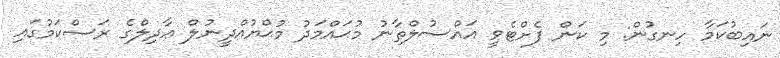
ނައިބުކަމާ ހިނގުން: މި ކަން ފެށްޓެވީ އައްސުލްޠާނު މުޙައްމަދު މުޙްޔުއްދީނުލް ޢާދިލްގެ ރަސްކަމުގައި